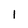
Character: 1